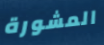
المشورة